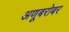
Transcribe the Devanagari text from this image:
अणूबरोबर